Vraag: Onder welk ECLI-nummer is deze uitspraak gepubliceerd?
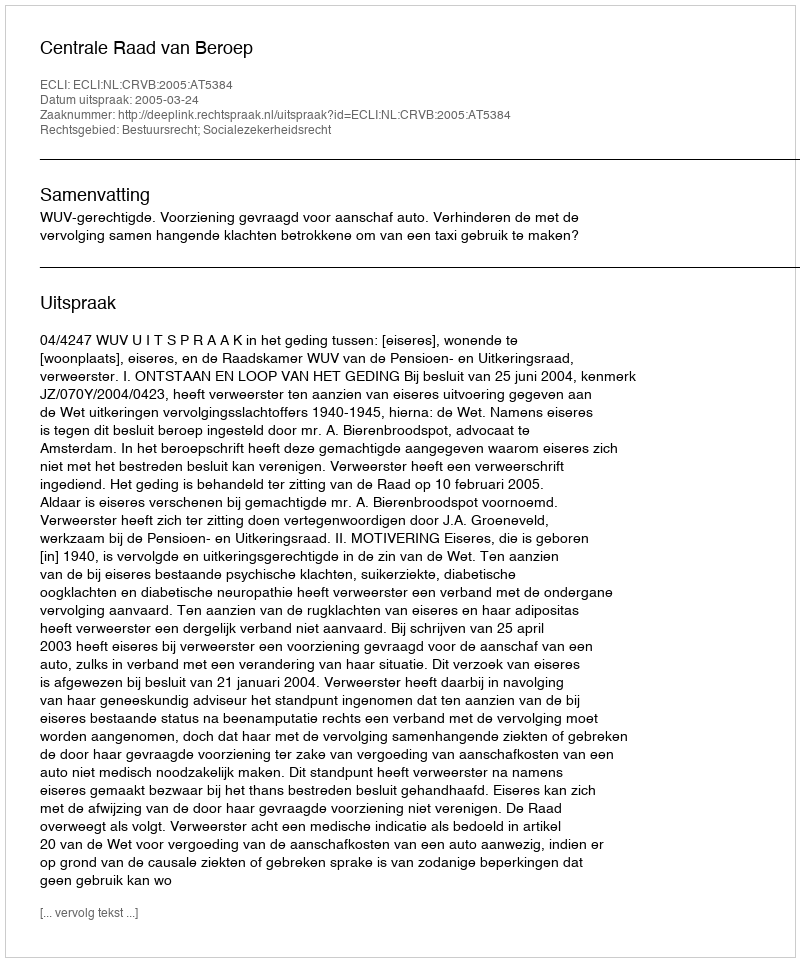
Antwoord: ECLI:NL:CRVB:2005:AT5384